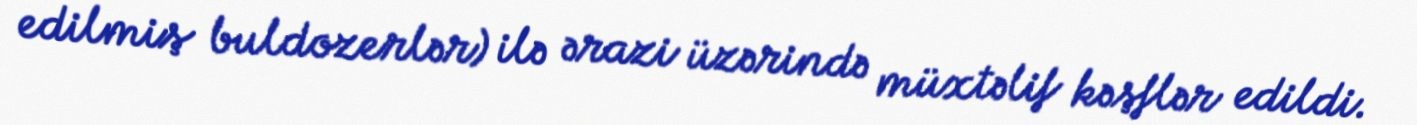
edilmiş buldozerlər) ilə ərazi üzərində müxtəlif kəşflər edildi.